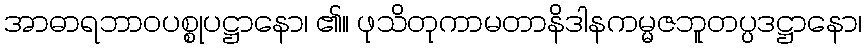
အာဓာရဘာဝပစ္စုပဋ္ဌာနော၊ ၏။ ဖုသိတုကာမတာနိဒါနကမ္မဇဘူတပ္ပဒဋ္ဌာနော၊